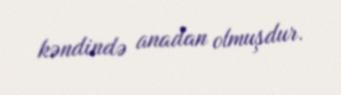
kəndində anadan olmuşdur.